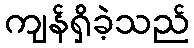
ကျန်ရှိခဲ့သည်